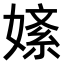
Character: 𫱚